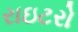
રાઇટરો